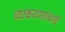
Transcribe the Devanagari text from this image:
व्याकरणग्रंथाचे